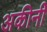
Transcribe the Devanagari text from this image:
अकीनी